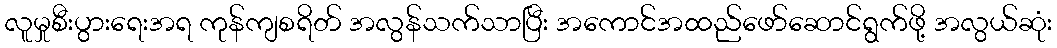
လူမှုစီးပွားရေးအရ ကုန်ကျစရိတ် အလွန်သက်သာပြီး အကောင်အထည်ဖော်ဆောင်ရွက်ဖို့ အလွယ်ဆုံး